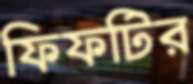
ফিফটির